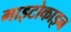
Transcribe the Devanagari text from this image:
माइटोकाइन